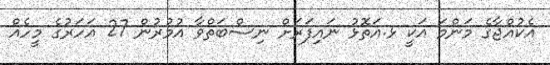
އެކުއްޖާގެ މަންމަ އަކީ ޅ.އަތޮޅު ނައިފަރަށް ނިސްބަތްވާ އުމުރުން 27 އަހަރުގެ މީހެއް